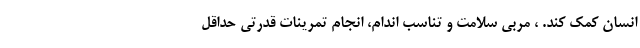
انسان کمک کند. ، مربی سلامت و تناسب اندام، انجام تمرینات قدرتی حداقل